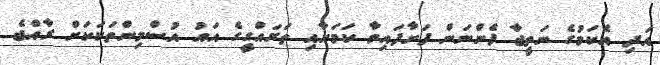
އަދި އެކަމުގެ ނަތީޖާ ފެންނަން ފަށާފައިވާ ކަމަށާއި ތަރައްގީގެ އައު އުސްމިންތަކަކަށް ރާއްޖެ